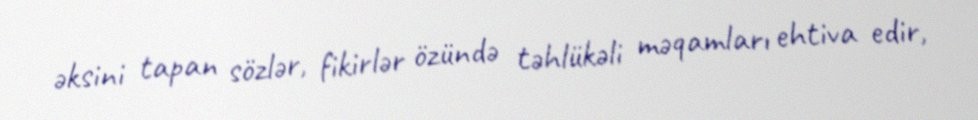
əksini tapan sözlər, fikirlər özündə təhlükəli məqamları ehtiva edir,